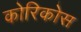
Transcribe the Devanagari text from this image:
कोरिकोस